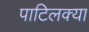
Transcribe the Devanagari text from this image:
पाटिलक्या